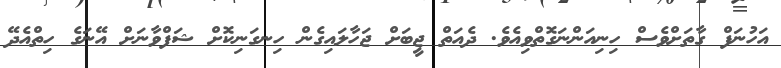
އަހުނަފް ގާތަށްވެސް ހިނިއަންނަގޮތްވިއެވެ. ދެއަތް ޖީބަށް ޖަހާލައިގެން ހިނގަނިކޮށް ޝަފްވާނަށް އޭނަގެ ހިތްއެދޭ